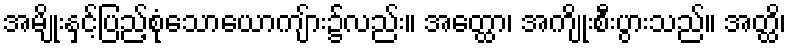
အမျိုးနှင့်ပြည့်စုံသောယောကျ်ား၌လည်း။ အတ္ထော၊ အကျိုးစီးပွားသည်။ အတ္ထိ၊